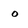
Character: o